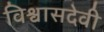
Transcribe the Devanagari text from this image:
विश्वासदेवी